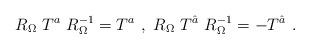
LaTeX: \begin{align*}R_{\Omega}~T^a~R_{\Omega}^{-1}= T^a ~,~ R_{\Omega}~T^{\hat a}~R_{\Omega}^{-1}= - T^{\hat a}~.~\,\end{align*}